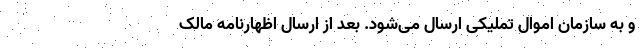
و به سازمان اموال تملیکی ارسال می‌شود. بعد از ارسال اظهارنامه مالک